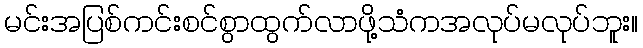
မင်းအပြစ်ကင်းစင်စွာထွက်လာဖို့သံကအလုပ်မလုပ်ဘူး။